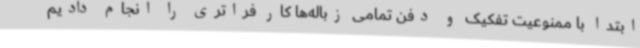
ابتدا با ممنوعیت تفکیک و دفن تمامی زباله‌ها کار فراتری را انجام دادیم